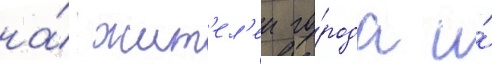
на́ жит'ел'еи го́рода и́